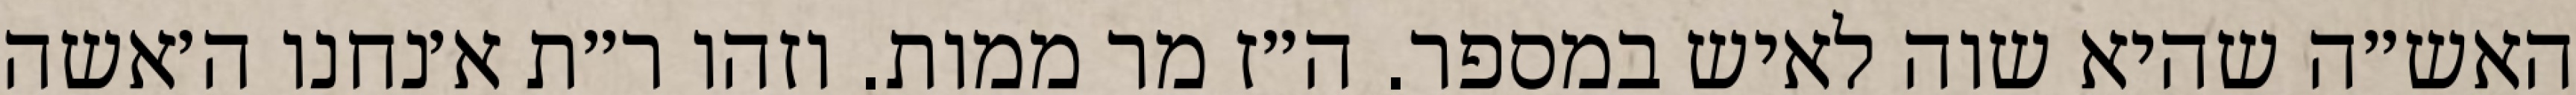
האש״ה שהיא שוה לאיש במספר. ה״ז מר ממות. וזהו ר״ת א׳נחנו ה׳אשה